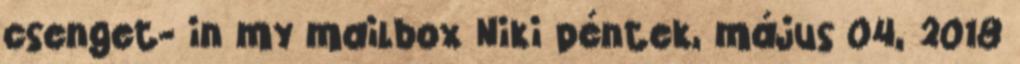
csenget- in my mailbox Niki péntek, május 04, 2018